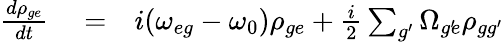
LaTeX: \begin{array}{rlr}{\frac{d\rho_{ge}}{dt}}&{{}=}&{i(\omega_{eg}-\omega_{0})\rho_{ge}+\frac{i}{2}\sum_{g^{\prime}}\Omega_{g^{\prime}\! e}\rho_{gg^{\prime}}}\end{array}